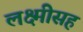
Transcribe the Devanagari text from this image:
लक्ष्मीसह